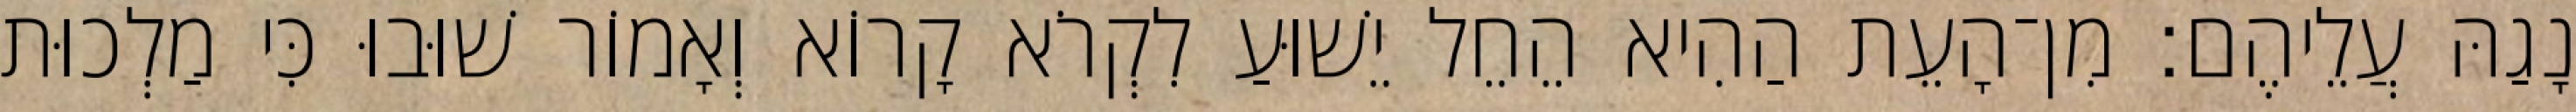
נָגַהּ עֲלֵיהֶם׃ מִן־הָעֵת הַהִיא הֵחֵל יֵשׁוּעַ לִקְרֹא קָרוֹא וְאָמוֹר שׁוּבוּ כִּי מַלְכוּת